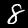
Digit: 8